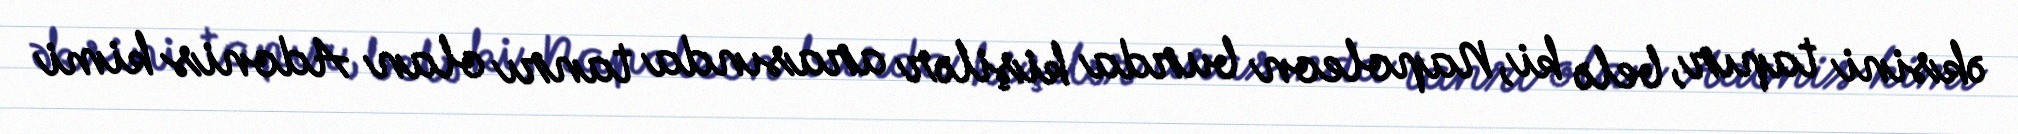
əksini tapır, belə ki, Napoleon burda kişilər arasında tanrı olan Adonis kimi